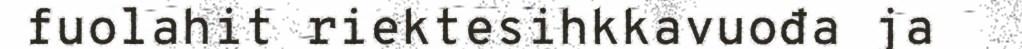
fuolahit riektesihkkavuođa ja